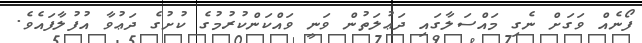
ފޯނެއް ވަގަށް ނެގި މައްސަލާގައި ދަޢުލަތުން ވަނީ ވައްކަންކުރުމުގެ ކުށުގެ ދަޢުވާ އުފުލާފައެވެ.